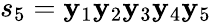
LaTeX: s_{5}=\mathbf{y}_{1}\mathbf{y}_{2}\mathbf{y}_{3}\mathbf{y}_{4}\mathbf{y}_{5}